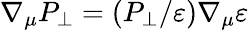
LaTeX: \nabla_{\mu}P_{\perp}=(P_{\perp}/\varepsilon)\nabla_{\mu}\varepsilon